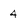
Character: 4